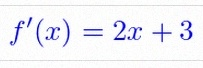
f'(x)=2x+3